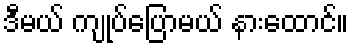
ဒီမယ် ကျုပ်ပြောမယ် နားထောင်။